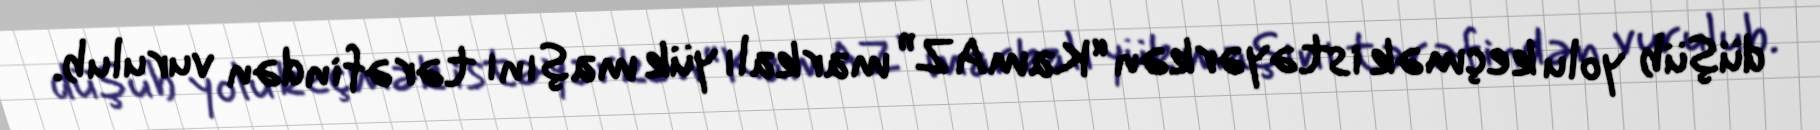
düşüb yolu keçmək istəyərkən “KamAZ” markalı yük maşını tərəfindən vurulub.